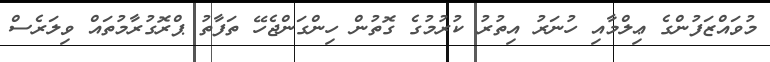
މުވައްޒަފުންގެ ޢިލްމާއި ހުނަރު އިތުރު ކުރުމުގެ ގޮތުން ހިންގަންޖެހޭ ތަފާތު ޕްރޮގުރާމުތައް ވިލަރެސް